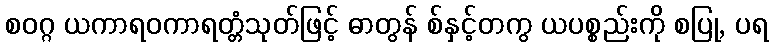
စဝဂ္ဂ ယကာရဝကာရတ္တံသုတ်ဖြင့် ဓာတွန် စ်နှင့်တကွ ယပစ္စည်းကို စပြု, ပရ